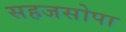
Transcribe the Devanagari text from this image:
सहजसोपा